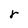
Character: r